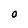
Character: O